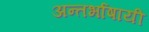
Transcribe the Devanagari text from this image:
अन्तर्भाषायी